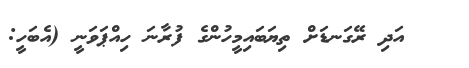
އަދި ރޭގަނޑަށް ތިޔަބައިމީހުންގެ ފުރާނަ ހިއްޕަވަނީ (އެބަހީ: